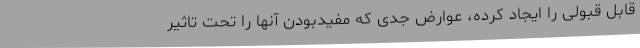
قابل‌ قبولی را ایجاد کرده، عوارض جدی که مفیدبودن آنها را تحت‌ تاثیر